Punjab Mental Hospital Lahore 1922-31 - 1922-1931
Year: 1922
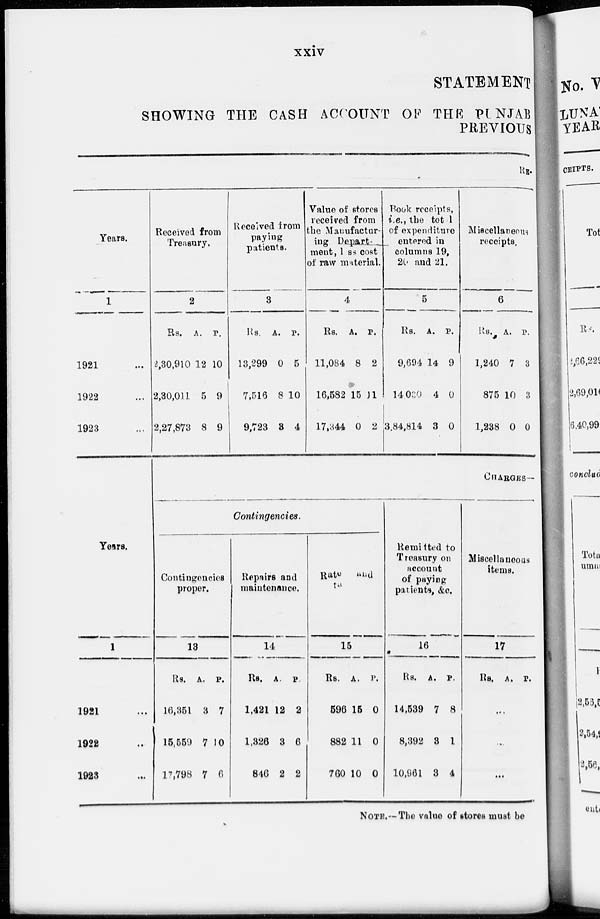
xxiv
STATEMENT
SHOWING THE CASH ACCOUNT OF THE PUNJAB
PREVIOUS
RE-
Years.
1
1921 ...
1922 ...
1923 ...
Received from
Treasury.
2
Rs.
2,30,910
2,30,011
2,27,873
A.
12
5
8
P.
10
9
9
Received from
paying
patients.
3
Rs.
13,299
7,516
9,723
A.
0
8
3
P.
5
10
4
Value of stores
received from
the Manufactur-
ing
Depart-
ment, 1 ss cost
of raw material.
4
Rs.
11,084
16,582
17,344
A.
8
15
0
P.
2
11
2
Book receipts,
i.e., the total
of expenditure
entered in
columns 19,
20 and 21.
5
Rs.
9,694
14,030
3,84,814
A.
14
4
3
P.
9
0
0
Miscellaneous
receipts.
6
Rs.
1,240
875
1,238
A.
7
10
0
P.
3
3
0
Years.
1
1921 ...
1922 ...
1923
...
CHARGES—
Contingencies.
Contingencies
proper.
13
Rs.
16,351
15,559
17,798
A.
3
7
7
P.
7
0
6
Repairs and
maintenance.
14
Rs.
1,421
1,326
846
A.
12
3
2
P.
2
6
2
Rate
and
15
Rs.
596
882
760
A.
15
11
10
P.
0
0
0
Remitted to
Treasury on
account
of paying
patients, &c.
16
Rs.
14,539
8,392
10,961
A.
7
3
3
P.
8
1
4
Miscellaneous
items.
17
Rs. A. P.
...
...
...
NOTE.—The value of stores must be